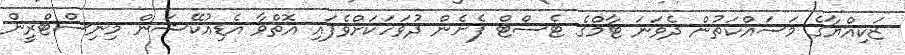
ޒަކިއްޔާގެ މަސައްކަތުން ދެވަނަ ޓާމްގެ ޓެސްޓް ފެށެން ދުވަހަކަށްވެފައި އޮތްވާ އެޑިއުކޭޝަން މިނިސްޓްރީން